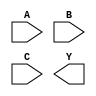
module sky130_fd_sc_hvl__nand3 (
    //# {{data|Data Signals}}
    input  A,
    input  B,
    input  C,
    output Y
);

    // Voltage supply signals
    supply1 VPWR;
    supply0 VGND;
    supply1 VPB ;
    supply0 VNB ;

endmodule